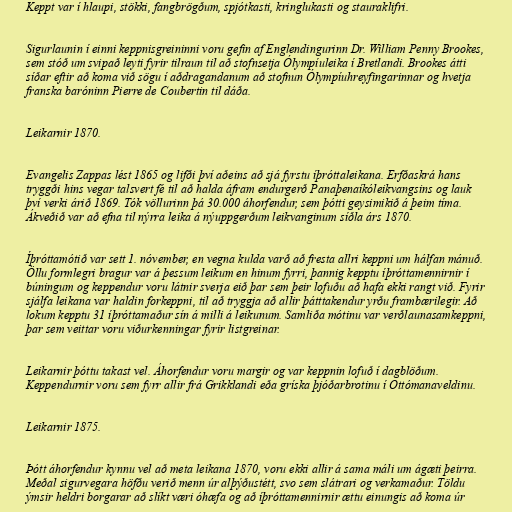
Keppt var í hlaupi, stökki, fangbrögðum, spjótkasti, kringlukasti og stauraklifri.

Sigurlaunin í einni keppnisgreininni voru gefin af Englendingurinn Dr. William Penny Brookes,
sem stóð um svipað leyti fyrir tilraun til að stofnsetja Ólympíuleika í Bretlandi. Brookes átti
síðar eftir að koma við sögu í aðdragandanum að stofnun Ólympíuhreyfingarinnar og hvetja
franska baróninn Pierre de Coubertin til dáða.

Leikarnir 1870.

Evangelis Zappas lést 1865 og lifði því aðeins að sjá fyrstu íþróttaleikana. Erfðaskrá hans
tryggði hins vegar talsvert fé til að halda áfram endurgerð Panaþenaíkóleikvangsins og lauk
því verki árið 1869. Tók völlurinn þá 30.000 áhorfendur, sem þótti geysimikið á þeim tíma.
Ákveðið var að efna til nýrra leika á nýuppgerðum leikvanginum síðla árs 1870.

Íþróttamótið var sett 1. nóvember, en vegna kulda varð að fresta allri keppni um hálfan mánuð.
Öllu formlegri bragur var á þessum leikum en hinum fyrri, þannig kepptu íþróttamennirnir í
búningum og keppendur voru látnir sverja eið þar sem þeir lofuðu að hafa ekki rangt við. Fyrir
sjálfa leikana var haldin forkeppni, til að tryggja að allir þátttakendur yrðu frambærilegir. Að
lokum kepptu 31 íþróttamaður sín á milli á leikunum. Samliða mótinu var verðlaunasamkeppni,
þar sem veittar voru viðurkenningar fyrir listgreinar.

Leikarnir þóttu takast vel. Áhorfendur voru margir og var keppnin lofuð í dagblöðum.
Keppendurnir voru sem fyrr allir frá Grikklandi eða gríska þjóðarbrotinu í Ottómanaveldinu.

Leikarnir 1875.

Þótt áhorfendur kynnu vel að meta leikana 1870, voru ekki allir á sama máli um ágæti þeirra.
Meðal sigurvegara höfðu verið menn úr alþýðustétt, svo sem slátrari og verkamaður. Töldu
ýmsir heldri borgarar að slíkt væri óhæfa og að íþróttamennirnir ættu einungis að koma úr